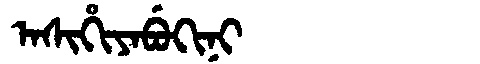
Manchu: ᠠᠰᡳᡥᡳᠶᠠᠪᡠᡴᡳᠨᡳ
Romanization: ASIHIYABUKINI